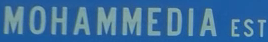
MOHAMMEDIA EST